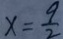
x = \frac { 9 } { 2 }